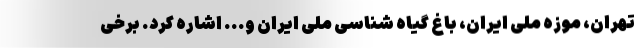
تهران، موزه ملی ایران، باغ گیاه شناسی ملی ایران و... اشاره کرد. برخی